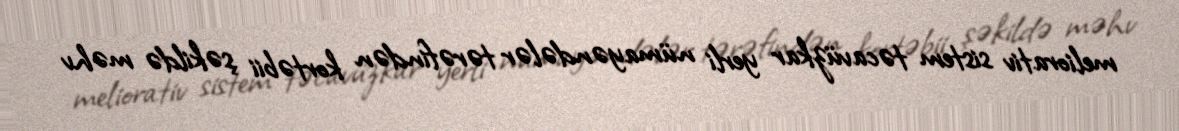
meliorativ sistem təcavüzkar yerli nümayəndələr tərəfindən kortəbii şəkildə məhv